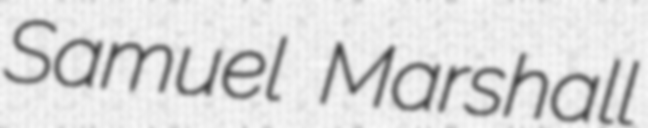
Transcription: Samuel Marshall